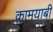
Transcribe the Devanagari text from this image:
कामयाबी